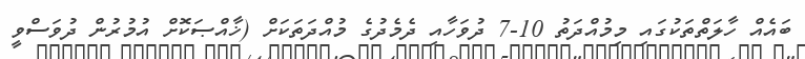
ބައެއް ހާލަތްތަކުގައި މިމުއްދަތު 10-7 ދުވަހާއި ދެމެދުގެ މުއްދަތަކަށް (ޚާއްޞަކޮށް އުމުރުން ދުވަސްވީ